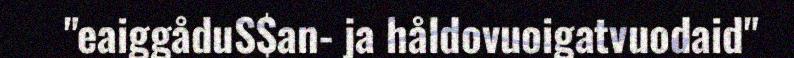
"eaiggåduS$an- ja håldovuoigatvuodaid"